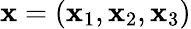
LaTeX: \boldsymbol{\mathbf{x}}=(\mathbf{x}_{1},\mathbf{x}_{2},\mathbf{x}_{3})